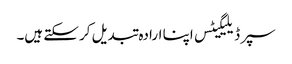
سپر ڈیلیگیٹس اپنا ارادہ تبدیل کر سکتے ہیں۔